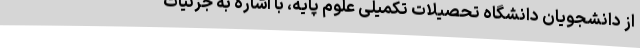
از دانشجویان دانشگاه تحصیلات تکمیلی علوم پایه، با اشاره به جزئیات